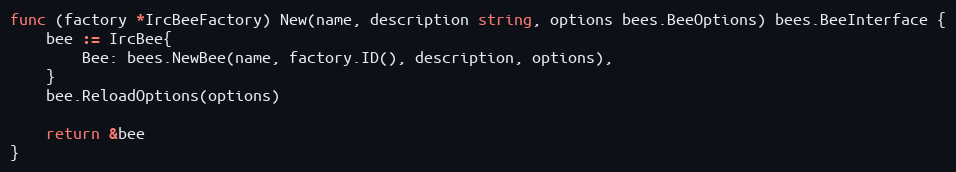
Language: Go
func (factory *IrcBeeFactory) New(name, description string, options bees.BeeOptions) bees.BeeInterface {
	bee := IrcBee{
		Bee: bees.NewBee(name, factory.ID(), description, options),
	}
	bee.ReloadOptions(options)

	return &bee
}